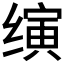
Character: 𬙂